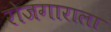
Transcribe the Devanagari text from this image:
रोजगाराला